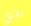
نقتل